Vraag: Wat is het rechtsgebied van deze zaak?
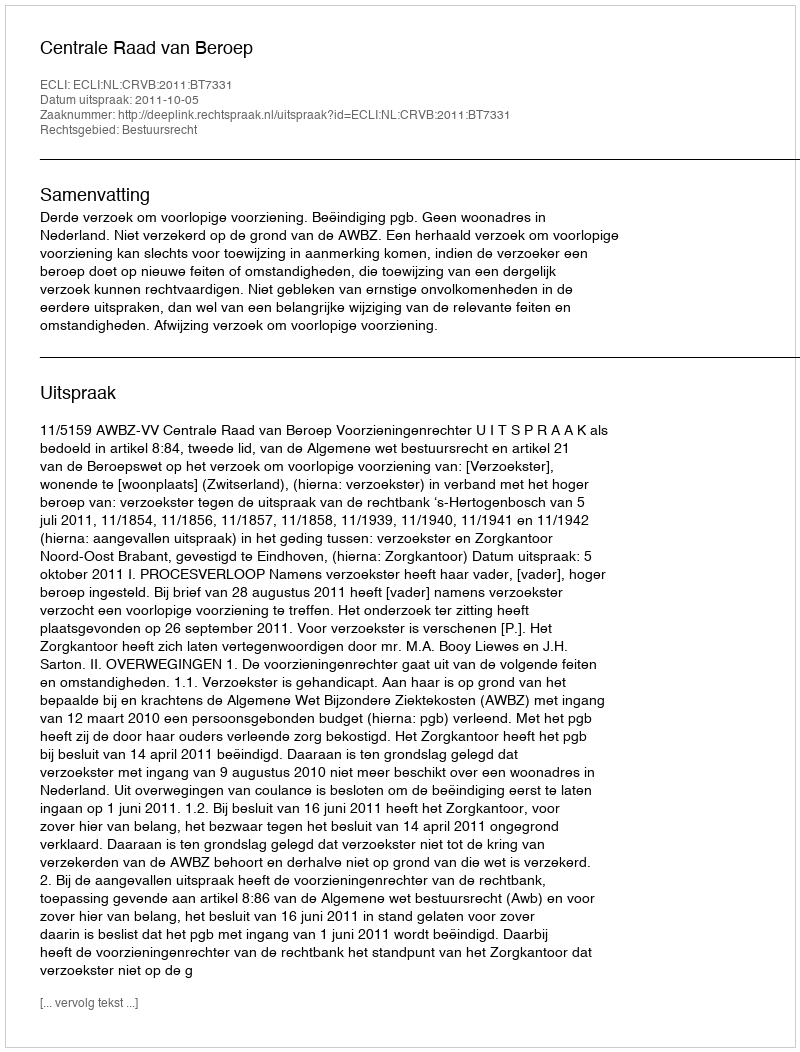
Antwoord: Bestuursrecht